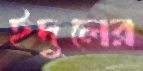
ইদুলের